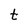
Character: t